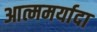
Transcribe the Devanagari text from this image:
आत्ममर्यादा